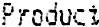
PRODUCT